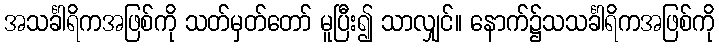
အသင်္ခါရိကအဖြစ်ကို သတ်မှတ်တော် မူပြီး၍ သာလျှင်။ နောက်၌သသင်္ခါရိကအဖြစ်ကို